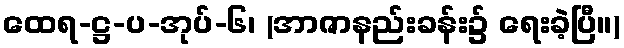
ထေရ-ဋ္ဌ-ပ-အုပ်-၆၊ (အာဇာနည်းခန်း၌ ရေးခဲ့ပြီ။)